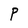
Character: P